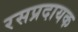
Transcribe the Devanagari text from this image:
रसप्रदायक